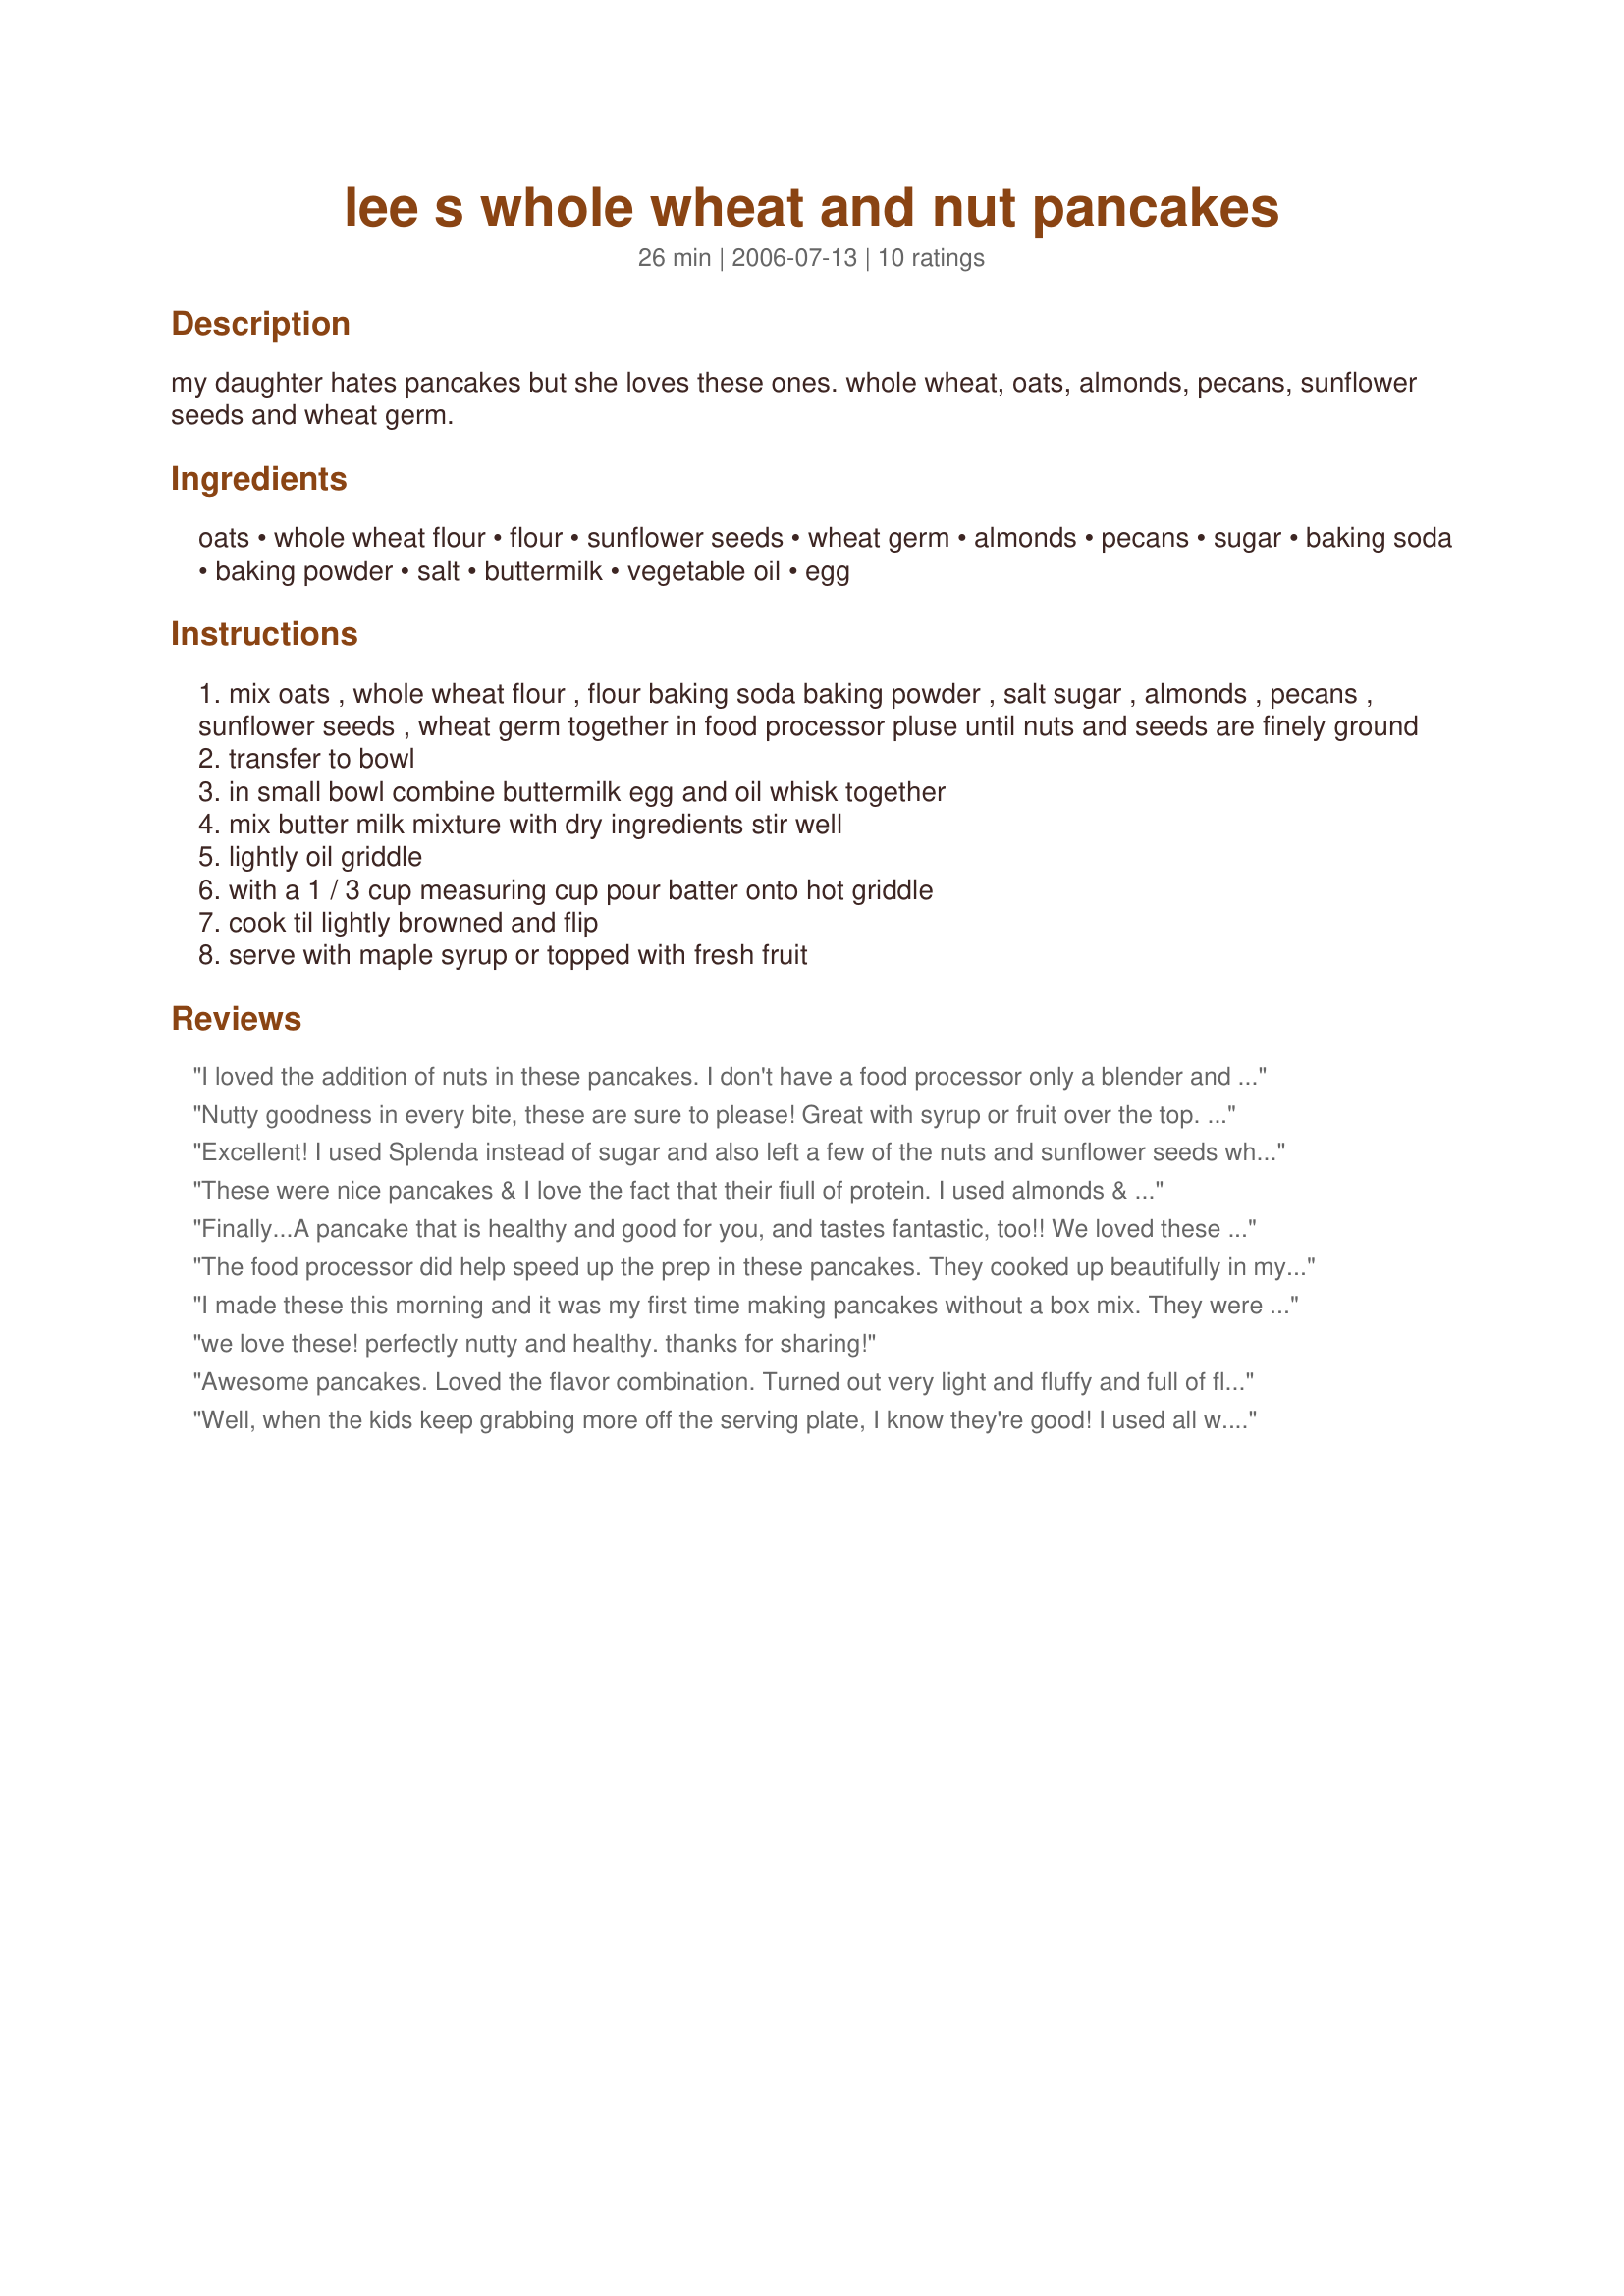
lee s whole wheat and nut pancakes
Preparation time: 26 minutes

my daughter hates pancakes but she loves these ones. whole wheat, oats, almonds, pecans, sunflower seeds and wheat germ.

Ingredients:
oats, whole wheat flour, flour, sunflower seeds, wheat germ, almonds, pecans, sugar, baking soda, baking powder, salt, buttermilk, vegetable oil, egg

Steps:
mix oats , whole wheat flour , flour baking soda baking powder , salt sugar , almonds , pecans , sunflower seeds , wheat germ together in food processor pluse until nuts and seeds are finely ground
transfer to bowl
in small bowl combine buttermilk egg and oil whisk together
mix butter milk mixture with dry ingredients stir well
lightly oil griddle
with a 1 / 3 cup measuring cup pour batter onto hot griddle
cook til lightly browned and flip
serve with maple syrup or topped with fresh fruit

Reviews:
I loved the addition of nuts in these pancakes. I don't have a food processor only a blender and I find it a pain to process nuts in the blender but this pain was so worth it. Lovely.
Nutty goodness in every bite, these are sure to please! Great with syrup or fruit over the top. Kids request these often on the weekends.
Excellent! I used Splenda instead of sugar and also left a few of the nuts and sunflower seeds whole to add crunch. The pancakes were light and were delicious. My DH said to be sure and keep this recipe. Very easy to make and a definite keeper!
These were nice pancakes & I love the fact that their fiull of protein. I used almonds & cinnamon cashews for the nuts & recipe #288565 for the buttermilk, served with recipe #331578 for a tasty brekky!
Finally...A pancake that is healthy and good for you, and tastes fantastic, too!! We loved these so much! They are nutty and slightly sweet, yet not heavy at all. I made this recipe exactly as written and was able to get 12 pancakes. I served these with Calee's recipe #150762 as well as butter pecan syrup. Thank you for sharing this wonderful recipe...it is definitely a keeper!!
*Made for PAC Spring '08*
The food processor did help speed up the prep in these pancakes. They cooked up beautifully in my pan, too. The whole family enjoyed (even my daughter who is suspicious of anything "whole grain." They are equally good with syrup or spread with strawberry jam/powdered sugar. They are my favorite mixed grain pancakes I've made! Thanks for posting, Calee.

Roxygirl
I made these this morning and it was my first time making pancakes without a box mix. They were excellent and I will probably never use a box mix again. The only change I made was walnuts instead of pecans because of what I had on hand. They cooked nice and brown, and YUM-YUM-YUM!
we love these! perfectly nutty and healthy. thanks for sharing!
Awesome pancakes. Loved the flavor combination. Turned out very light and fluffy and full of flavor. I'll be making these often. Thanks
Well, when the kids keep grabbing more off the serving plate, I know they're good! I used all w.w. pastry flour and the vinegar/milk combo for buttermilk. Added 1 tsp vanilla. It was so easy to make in the blender. I am looking for more protein recipes for the morning that aren't egg based (I have an egg hater). This fits the bill. I used under 1/4 C to make about 24 pancakes. Leftovers! Oh, the texture is a bit different, but I can't describe it. Not crunchy or lumpy though. Thanks, Calee.
